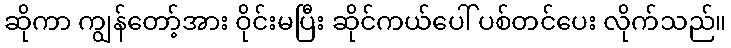
ဆိုကာ ကျွန်တော့်အား ဝိုင်းမပြီး ဆိုင်ကယ်ပေါ် ပစ်တင်ပေး လိုက်သည်။